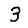
Digit: 3